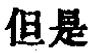
但是